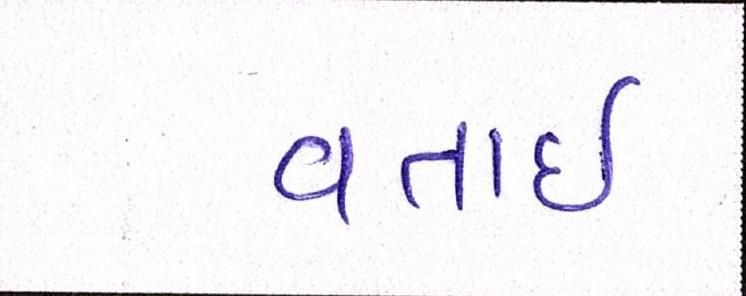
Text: વતાર્ઇ